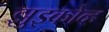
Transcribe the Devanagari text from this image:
झुझ्कोव्ह